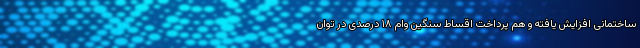
ساختمانی افزایش یافته و هم پرداخت اقساط سنگین وام ۱۸ درصدی در توان